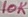
Text: 10K